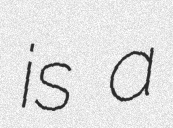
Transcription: is a